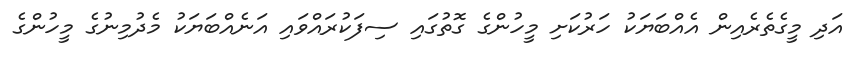
އަދި މީގެތެރެއިން އެއްބަޔަކު ހަރުކަށި މީހުންގެ ގޮތުގައި ސިފަކުރައްވައި އަނެއްބަޔަކު މެދުމިނުގެ މީހުންގެ